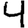
Digit: 4